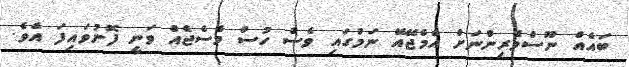
ބައެއް ނޫސްވެރިންނަށް އެމްޖޭއޭ ނަމުގައި ވެސް ހުސް މެސެޖެއް ވަނީ ފޮނުވައިފަ އެވެ.